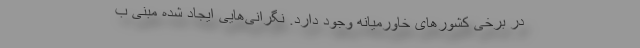
در برخی کشورهای خاورمیانه وجود دارد. نگرانی‌هایی ایجاد شده مبنی ب